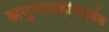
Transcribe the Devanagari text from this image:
अनुपातहीनपूर्वक